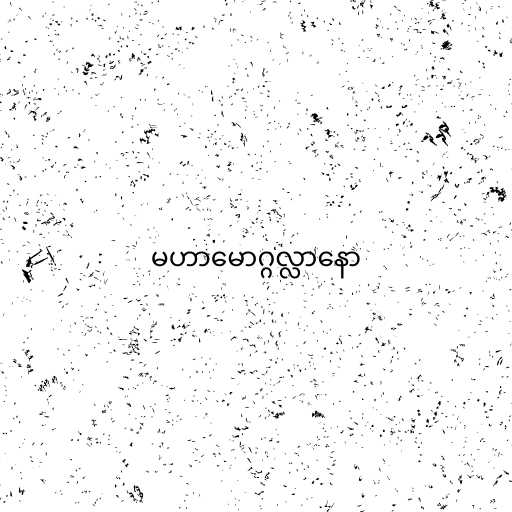
မဟာမောဂ္ဂလ္လာနော